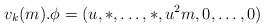
\begin{align*} v_k(m).\phi=(u,*,\ldots,*,u^2m,0,\ldots,0)\end{align*}